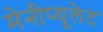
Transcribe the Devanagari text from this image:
मेनीप्यूलेट